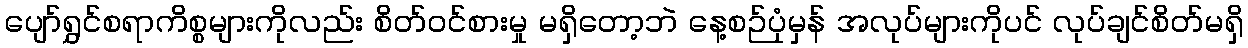
ပျော်ရွှင်စရာကိစ္စများကိုလည်း စိတ်ဝင်စားမှု မရှိတော့ဘဲ နေ့စဉ်ပုံမှန် အလုပ်များကိုပင် လုပ်ချင်စိတ်မရှိ